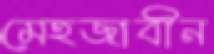
মেহজাবীন